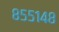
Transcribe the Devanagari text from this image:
८५५१४८